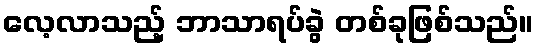
လေ့လာသည့် ဘာသာရပ်ခွဲ တစ်ခုဖြစ်သည်။